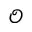
\mathcal { O }